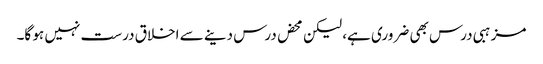
مزہبی درس بھی ضروری ہے، لیکن محض درس دینے سے اخلاق درست نہیں ہو گا۔